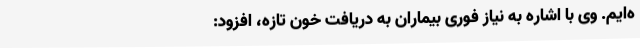
ه‌ایم. وی با اشاره به نیاز فوری بیماران به دریافت خون تازه، افزود: